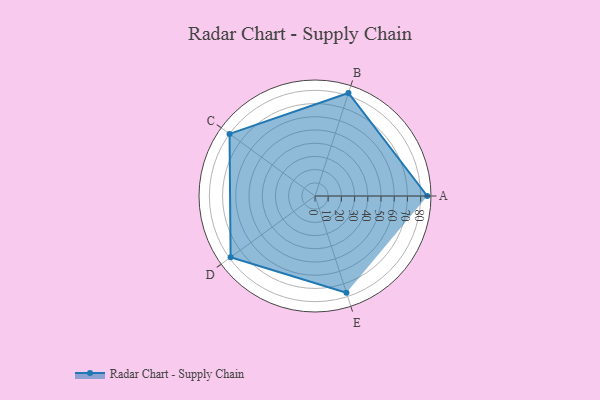
{"axis": {"x": "Skill", "y": "Score"}, "legend": ["Profile"], "data": [{"x": "A", "y": 85.0, "type": "Profile"}, {"x": "B", "y": 82.0, "type": "Profile"}, {"x": "C", "y": 80.0, "type": "Profile"}, {"x": "D", "y": 79.0, "type": "Profile"}, {"x": "E", "y": 77.0, "type": "Profile"}]}